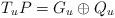
LaTeX: \begin{align*}T_{u}P = G_{u} \oplus Q_{u}\end{align*}